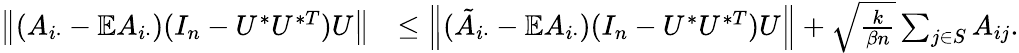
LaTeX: \begin{array}{rl}{\left\| {(A_{i\cdot}-\mathbb{E}A_{i\cdot})(I_{n}-U^{*}U^{*T})U}\right\| }&{\leq\left\| {(\tilde{A}_{i\cdot}-\mathbb{E}A_{i\cdot})(I_{n}-U^{*}U^{*T})U}\right\| +\sqrt{\frac{k}{\beta n}}\sum_{j\in S}A_{ij}.}\end{array}